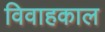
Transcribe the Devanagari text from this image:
विवाहकाल